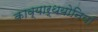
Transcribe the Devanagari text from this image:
काव्यार्थयोनियाँ